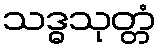
သဒ္ဓသုတ္တံ